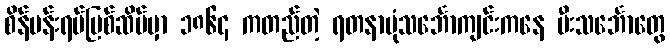
စိန်ပန်းရပ်မြစ်ဆိပ်မှာ ၁၈၆၄ ကတည်တဲ့ ရတနာပုံသင်္ဘောကျင်းကနေ မီးသင်္ဘောတွေ